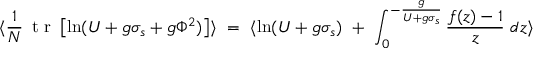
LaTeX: \langle { \frac { 1 } { N } } \, \makebox { t r } \left[ \ln ( U + g \sigma _ { s } + g \Phi ^ { 2 } ) \right] \rangle \ = \ \langle \ln ( U + g \sigma _ { s } ) \ + \ \int _ { 0 } ^ { - { \frac { g } { U + g \sigma _ { s } } } } { \frac { f ( z ) - 1 } { z } } \ d z \rangle